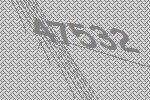
47532